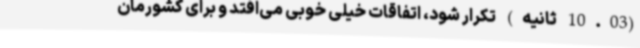
(10.03 ثانیه) تکرار شود، اتفاقات خیلی خوبی می‌افتد و برای کشورمان